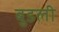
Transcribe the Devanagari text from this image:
बुडली